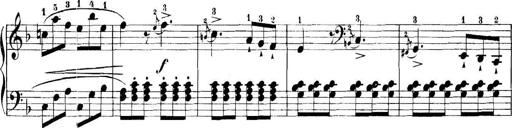
Title: 11 Sonatinas
Composer: Anton Diabelli